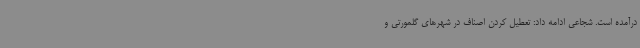
درآمده است. شجاعی ادامه داد: تعطیل کردن اصناف در شهرهای گلمورتی و